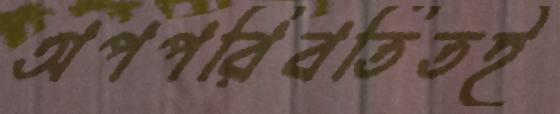
অপপরিবর্তিতই